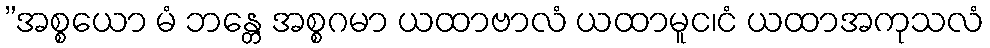
”အစ္စယော မံ ဘန္တေ အစ္စဂမာ ယထာဗာလံ ယထာမူင၊ငံ ယထာအကုသလံ